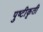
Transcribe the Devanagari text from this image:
पुष्टीकृती